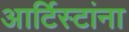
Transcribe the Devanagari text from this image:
आर्टिस्टांना